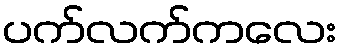
ပက်လက်ကလေး